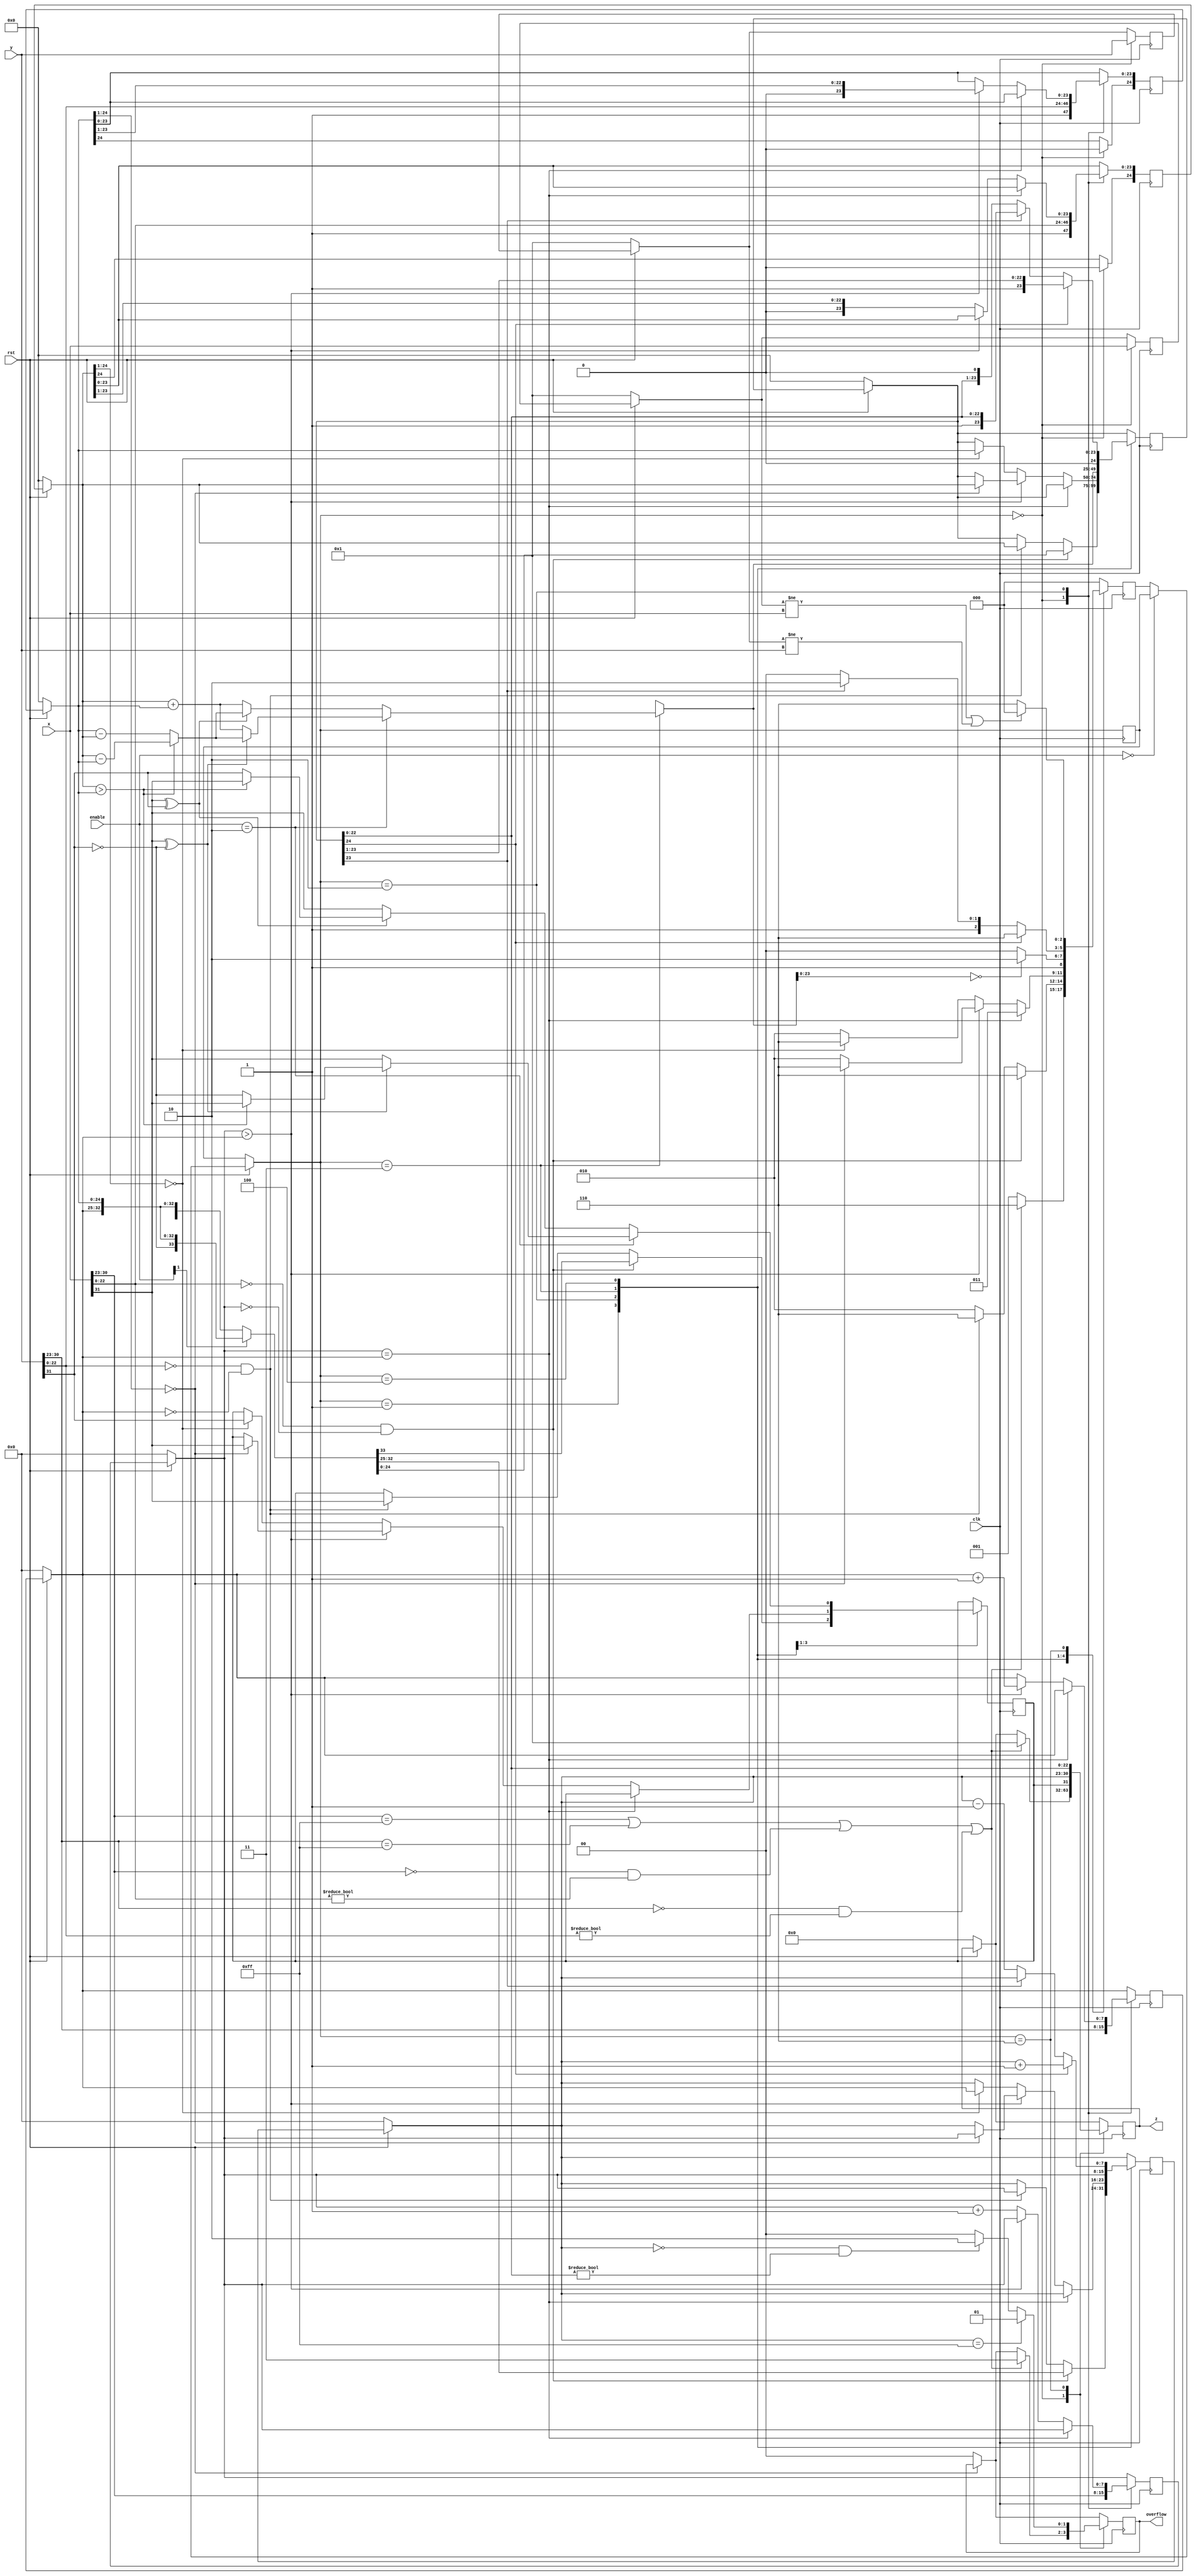
module floataddmtc1(clk, rst, enable, x, y, z,overflow);

   input clk;
	input rst;
	input [1:0] enable;
	input [31:0] x;
	input [31:0] y;
        //input add;//add=1:add case  add=0:sub case
	output [31:0] z;
	output [1:0] overflow;//00:no overflow 01:upflow 10:downflow 11:the input does not meet format

	reg [31:0] z; // z=x+y 
	reg[24:0] xm, ym, zm; //fraction part, 0+ 1+[22:0]
	reg[7:0] xe, ye, ze;  //exponent part
	reg[2:0]	state, nextstate;       //FSM
	reg zsign; //sign part
	reg [1:0] overflow;
	reg [31:0] cmp_x;
	reg [31:0] cmp_y;


	parameter start=3'b000,one_zero=3'b001,ex_equal=3'b010,add_fra=3'b011,normalize=3'b100,over =3'b110;


	always @(posedge clk) begin
	    if(!rst)
		   //state = start;
		   begin nextstate = start;
		   xm=0;ym=0;zm=0;xe=0;ye=0;ze=0;overflow=0;z=0; cmp_x=32'b1;cmp_y=32'b1;end
	    else if (!enable)
		  begin state=state; nextstate=nextstate; end
			
	    else
		   state = nextstate;
	//end

	//game start!
	//always@(state,nextstate,xe,ye,xm,ym,ze,zm) 
begin
		case(state)

		start: //initialize

		  begin
			//if (enable == 2'b10) y[31]=~y[31];
			//else y[31]=y[31];
			 cmp_x=x;
			 cmp_y=y;
		    	 xe = x[30:23];
          		 xm = {1'b0,1'b1,x[22:0]};
          		 ye = y[30:23];
			 ym = {1'b0,1'b1,y[22:0]};

			 //test denormalized cases: 1.one input's exponent is overflow; 2.one input is (!=0)^0
			 if((xe==8'd255)||(ye==8'd255)||((xe==8'd0)&&(xm[22:0]!=23'b0))||((ye==8'd0)&&(ym[22:0]!=23'b0)) )
			 begin
			    overflow = 2'b11;
				 nextstate = over; //
				 z = 32'b1; //error case
			 end
			 else
			    nextstate = one_zero;
		  end

		one_zero://if any input is 0, then go short way to over state
		  begin
		    if((x[22:0]==23'b0)&&(xe==8'b0))
			 begin
				if (enable[1]==1) 			   {zsign, ze,zm} = {~y[31],ye, ym};
			        else					   {zsign, ze,zm} = {y[31],ye, ym};
				nextstate = over;
			 end
			 else
			 begin
				 if((y[22:0]==23'b0)&&(ye==8'b0))
				 begin
			           {zsign,ze,zm} = {x[31],xe, xm};
				   nextstate = over;
				 end
				 else
				   nextstate = ex_equal;
			 end
		  end

		ex_equal: //<<||>>

		  begin
		    	 if(xe == ye)
			   nextstate = add_fra;
	                 else
			 begin
			   if(xe > ye)
				begin
				  ye = ye + 1'b1;//
				  ym[23:0]= {1'b0, ym[23:1]};
				  if(ym==8'b0)
				  begin
				         zm = xm;
					 ze = xe;
					 zsign=x[31];
					 nextstate = over;
				  end
				  else
				    nextstate = ex_equal;

				end
			   else
				begin
				  xe = xe + 1'b1;//
				  xm[23:0] = {1'b0, xm[23:1]};
				  if(xm==8'b0)
				  begin
				         zm = ym;
					 ze = ye;
					 zsign = y[31];
					 nextstate = over;
				  end
				  else
				    nextstate = ex_equal;
				end
			 end

		  end

		add_fra://fraction add
		  begin
		    ze = xe;
		     		if (enable == 2'b10)begin

					if((x[31]^(~y[31]))==1'b0) //same +-
			 			begin
			   				zsign = x[31];
			   				zm = xm + ym;
			 			end
					else
			 			begin
			   				if(xm>ym)
							begin
			     				zsign = x[31];
			     				zm = xm - ym;
							end
							else
							begin
			     				zsign = ~y[31];
			     				zm = ym - xm;
							end
						
						end
					end

		      		else begin
					if((x[31]^(y[31]))==1'b0) //same +-
			 			begin
			   				zsign = x[31];
			   				zm = xm + ym;
			 			end
					else
			 			begin
			   				if(xm>ym)
							begin
			     				zsign = x[31];
			     				zm = xm - ym;
							end
							else
							begin
			     				zsign = y[31];
			     				zm = ym - xm;
							end
						end 
			 	end

			if(zm[23:0]==24'b0)
			   nextstate = over;
			else
			   nextstate =normalize;
		  end

		normalize://
		  begin
		    if(zm[24]==1'b1)//cin||cout
			 begin
			   zm = {1'b0,zm[24:1]};
            		   ze = ze + 1'b1;
            		   nextstate = over;
			 end
		    else
			 begin
			   if(zm[23]==1'b0)
				begin
				  zm = {zm[23:0],1'b0};
              			  ze = ze - 1'b1;
              			  nextstate = normalize;
				end
			   else
				begin
				  nextstate = over;
				end
			 end
		  end

		over:
		  begin
		    z = {zsign, ze[7:0], zm[22:0]};
			 //see if it overflows
			 if(ze==8'd255 )
			 begin
			    overflow = 2'b01;
			 end
			 else if((ze==8'd0)&&(zm[22:0]!=23'b0)) //
			 begin
			    overflow = 2'b10;
			 end
			 else
			    overflow = 2'b00;
		    if ((cmp_x!=x || cmp_y!=y)) begin nextstate = start; end
		    else begin nextstate = over; end
	          end

		  default:
		  begin
		    nextstate = start;
		  end
		endcase

end
end

endmodule